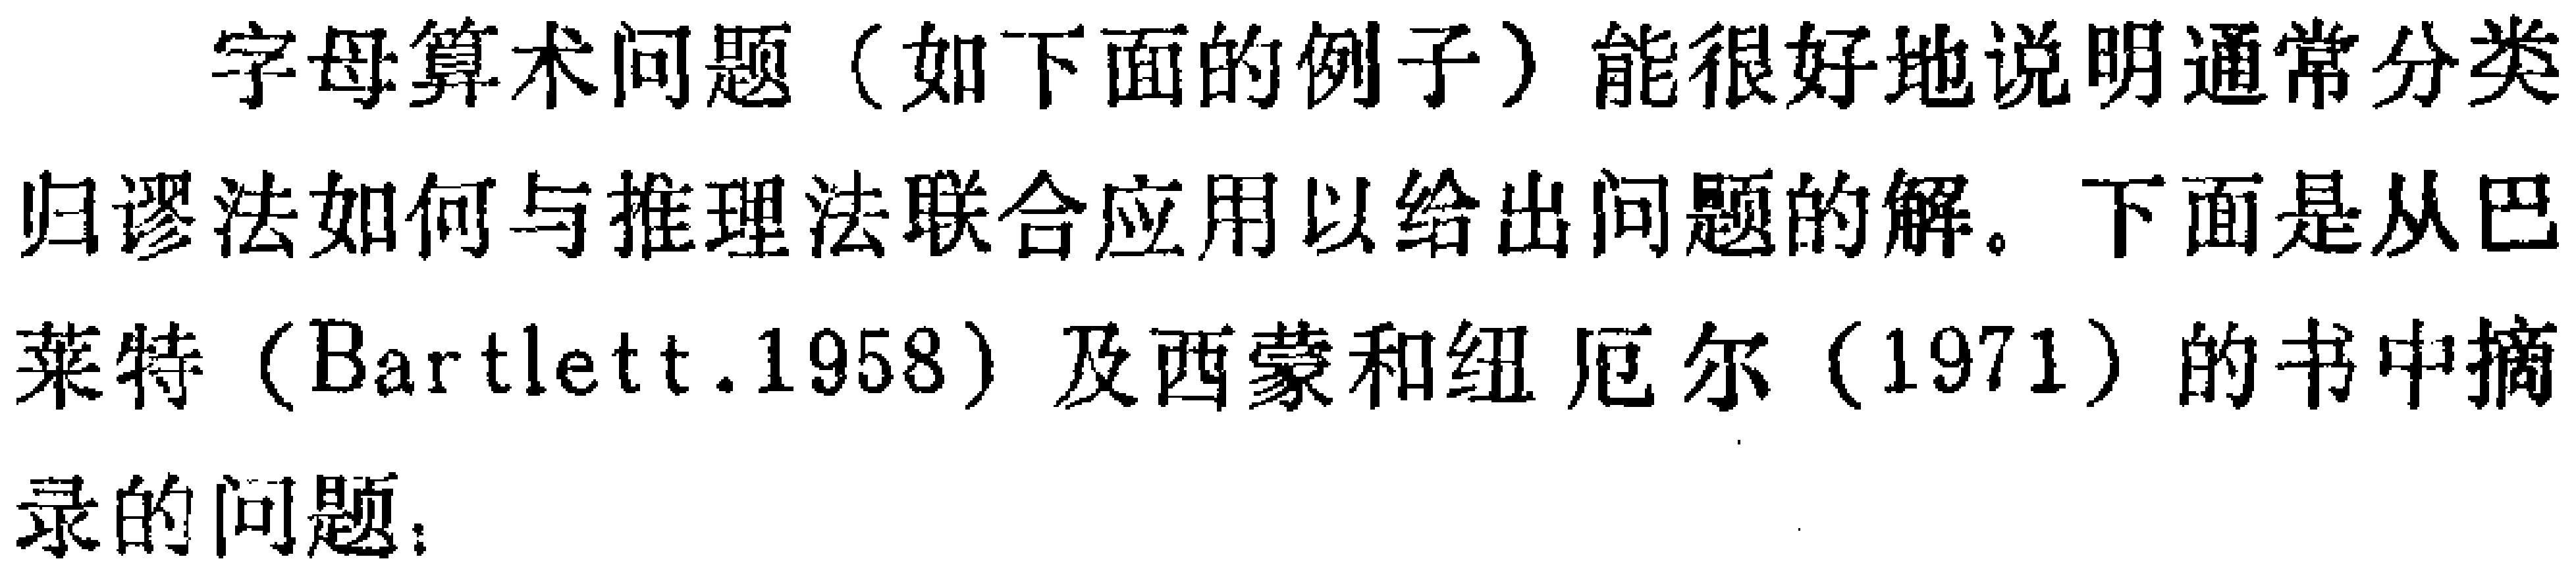
字母算术问题（如下面的例子）能很好地说明通常分类归谬法如何与推理法联合应用以给出问题的解。下面是从巴莱特（Bartlett.1958）及西蒙和纽厄尔（1971）的书中摘录的问题：